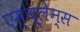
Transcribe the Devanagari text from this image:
एम्बूलेन्स